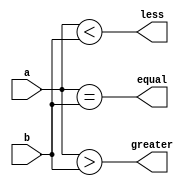
module comparator_4bit (
    input [3:0] a,
    input [3:0] b,
    output equal,
    output greater,
    output less
);

assign equal = (a == b);
assign greater = (a > b);
assign less = (a < b);

endmodule